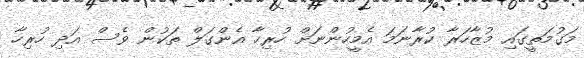
މަގުމަތީގައި މުޒާހަރާ ކުރާނަމަ އެމީހުންނަށް ހުރިހާ އެންގަލް ތަކުން ވެސް އަދި ހުރިހާ